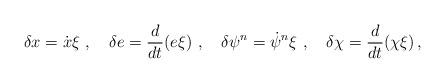
LaTeX: \begin{align*}\delta x = \dot{x}\xi \,\,,\,\,\,\,\,\,\delta e = \frac{d}{dt}(e\xi) \,\,,\,\,\,\,\,\,\delta \psi^n = \dot{\psi}^n\xi \, \,,\,\,\,\,\,\,\delta \chi = \frac{d}{dt}(\chi\xi)\, ,\end{align*}